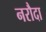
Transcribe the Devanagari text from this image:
नरौदा